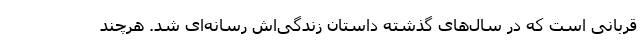
قربانی است که در سال‌های گذشته داستان زندگی‌اش رسانه‌ای شد. هرچند